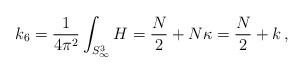
LaTeX: \begin{align*}k_6 = \frac{1}{4 \pi^2} \int_{S^3_\infty} H = \frac{N}{2} + N \kappa = \frac{N}{2} + k\,,\end{align*}